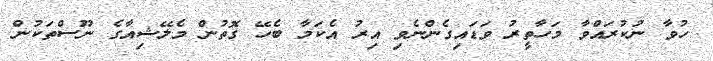
ހުވާ ނުކުރައްވާ މަހާތީރު ވަޑައިގެންނެވި އިރު އެކަމާ ބެހޭ ގޮތުން މެލޭޝިއާގެ ނޫސްތަކުން